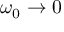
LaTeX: \omega _ { 0 } \to 0